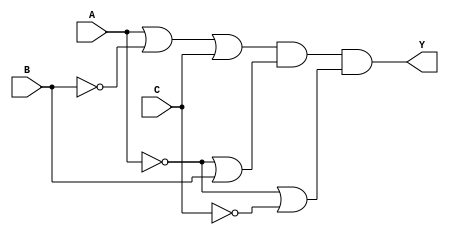
module pos_logic (
    input wire A,
    input wire B,
    input wire C,
    output wire Y
);

// Internal wires for sum terms
wire sum1;
wire sum2;
wire sum3;

// Sum terms (OR gates)
assign sum1 = A | (~B) | C;  // Example: (A + B' + C)
assign sum2 = (~A) | B;      // Example: (A' + B)
assign sum3 = (~A) | (~C);    // Example: (A' + C')

// Product term (AND gate)
assign Y = sum1 & sum2 & sum3; // Y = (A + B' + C)(A' + B)(A' + C)

endmodule